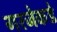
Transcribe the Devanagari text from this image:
गरजेकडे